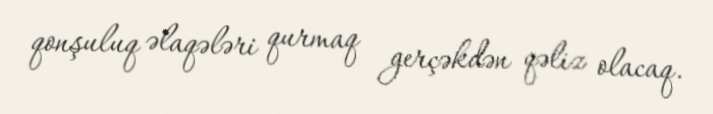
qonşuluq əlaqələri qurmaq gerçəkdən qəliz olacaq.